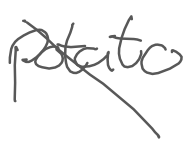
Text: potato
Cross-out: mix
Writing tool: digital_gray